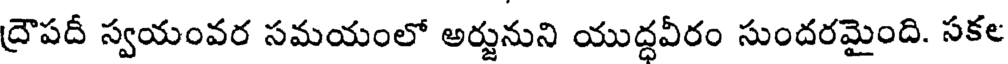
ద్రౌపదీ స్వయంవర సమయంలో అర్జునుని యుద్దవీరం సుందరమైంది. సకల